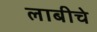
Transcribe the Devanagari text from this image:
लाबीचे